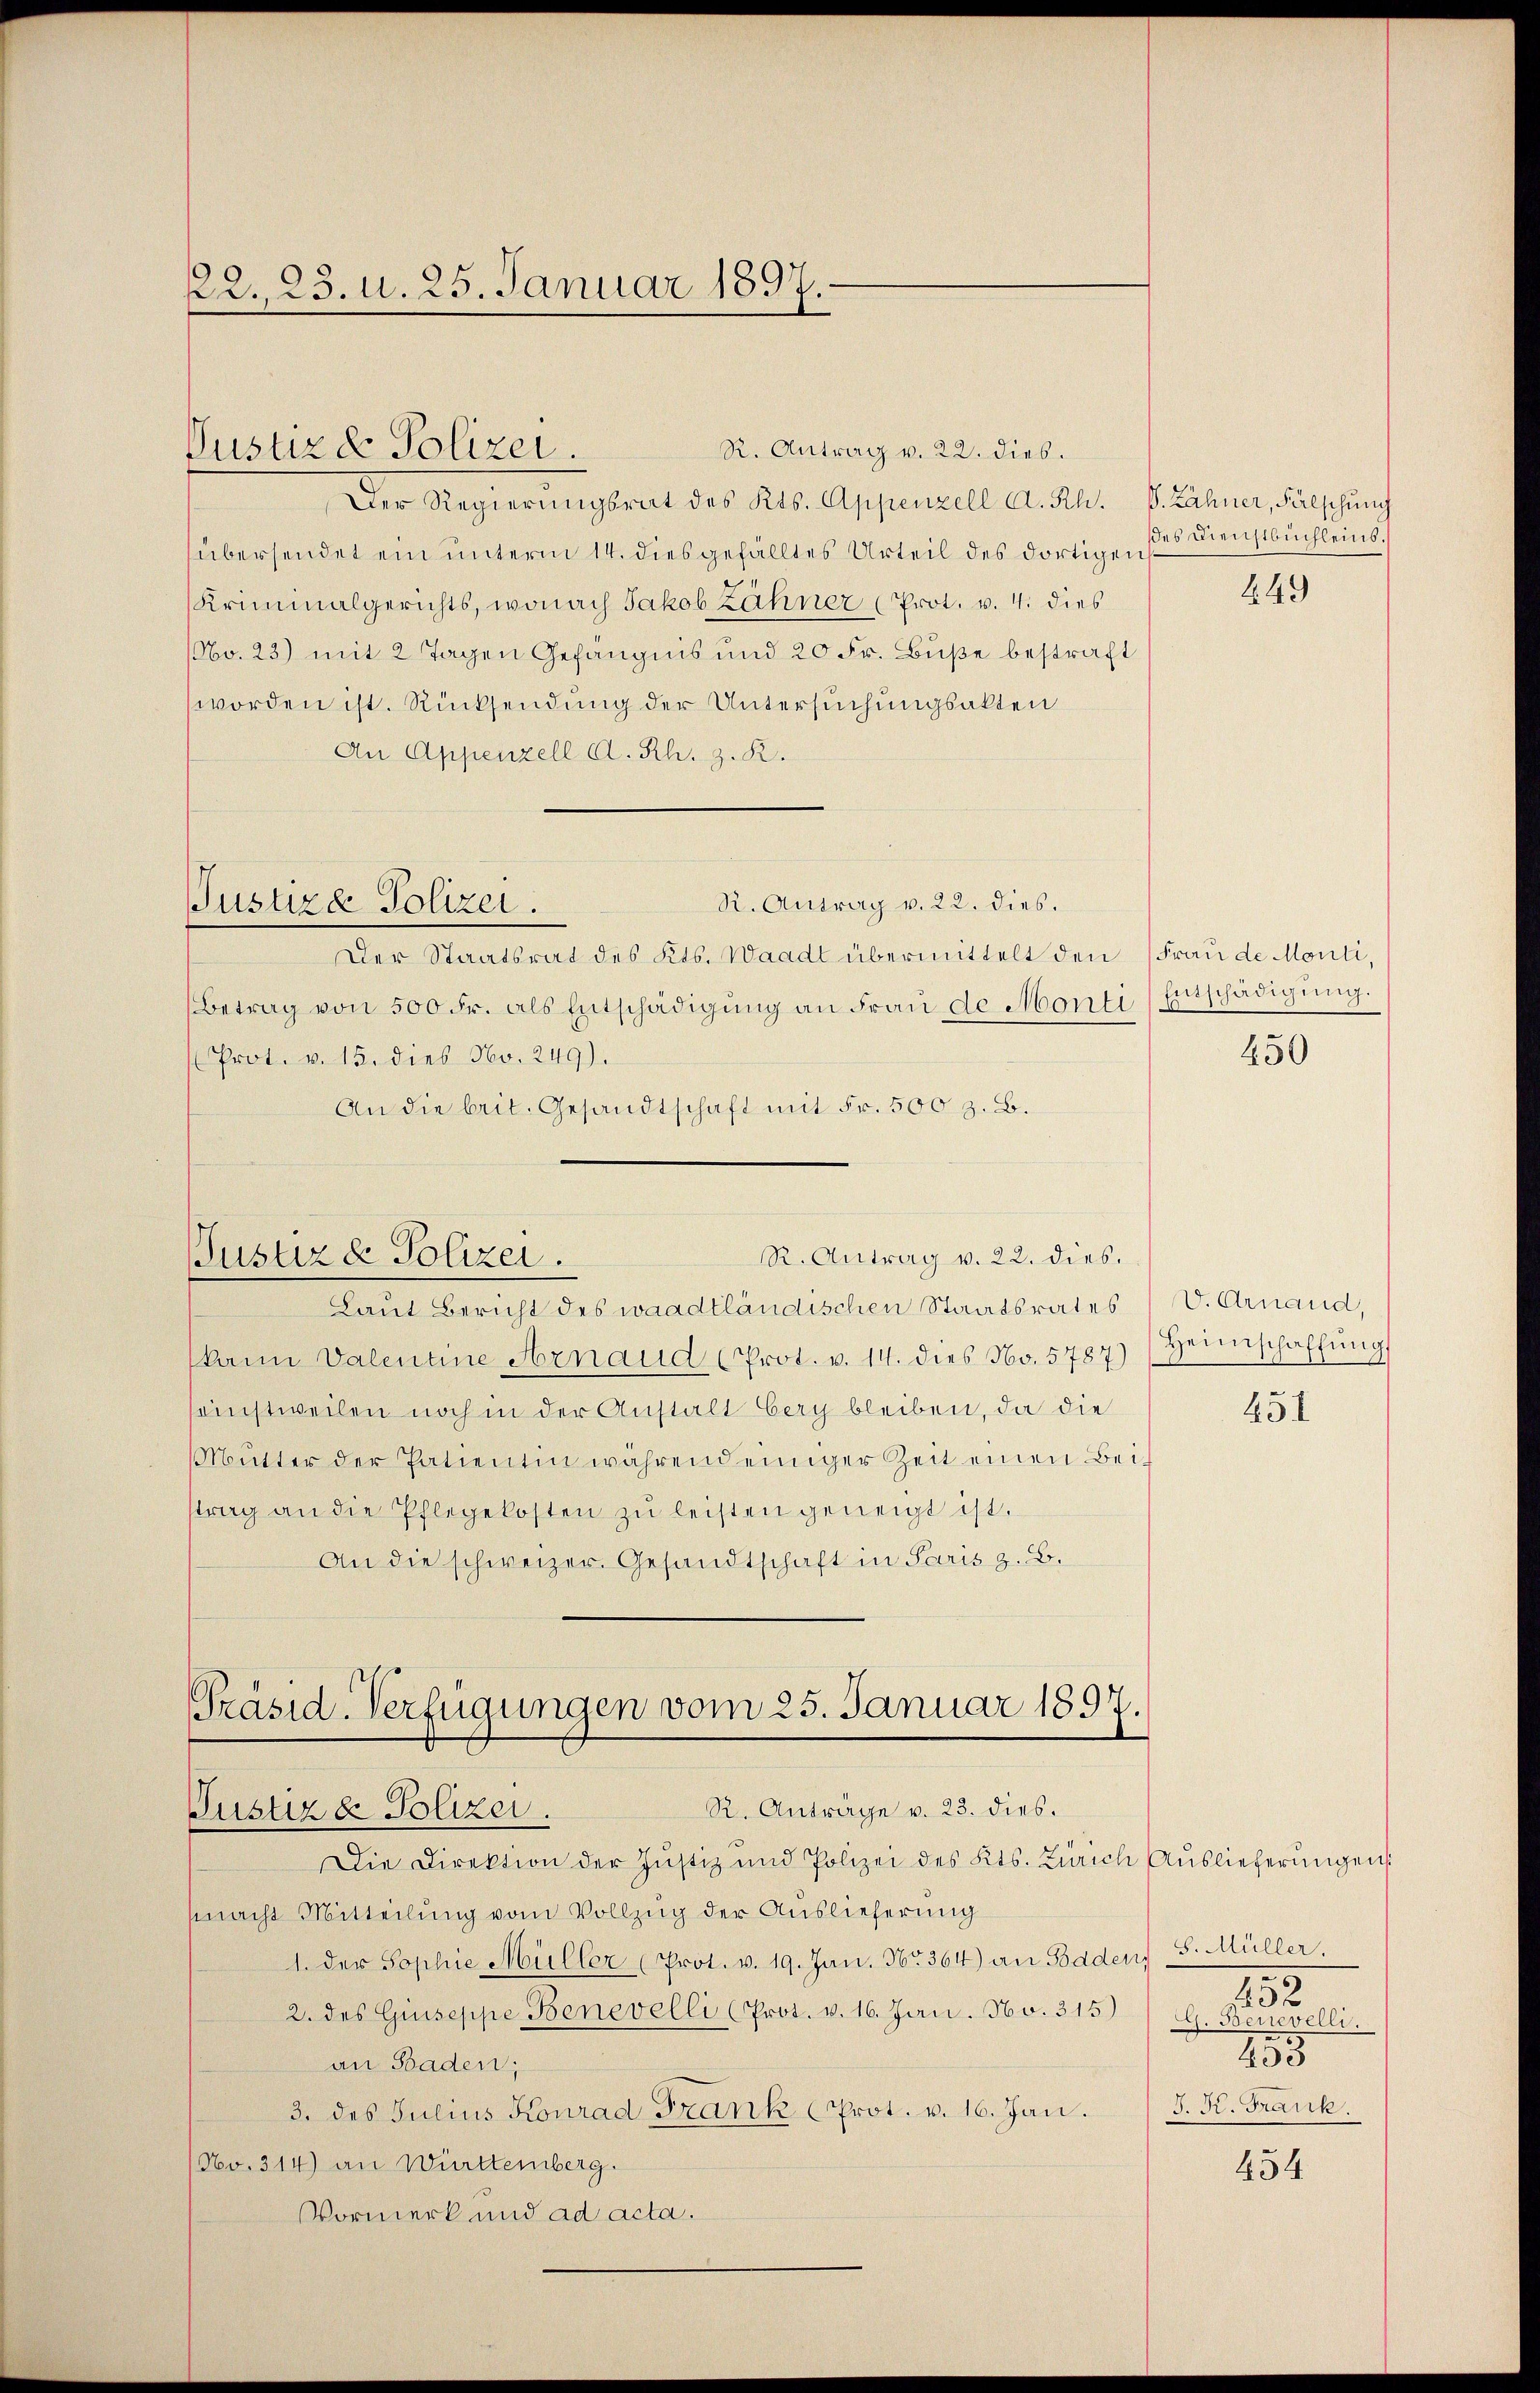
22. 23. u. 25. Januar 1897.

Justiz & Polizei.

R. Antrag v. 22. dies.
Der Regierŭngsrat des Kts. Appenzell A. Rh. S. Zähner, Fälschung
übersendet ein unterm 14. dies gefälltes Urteil des dortigen
Kriminalgerichts, wonach Jakob Zähner (Prot. v. 4. dies
No. 23) mit 2 Tagen Gefängnis und 20 Fr. Buße bestraft
worden ist. Rücksendung der Untersuchungsakten
An Appenzell A. Rh. z. R.
R. Antrag v. 22. dies.
Justize Polizei.
Der Staatsrat des Kts. Waadt übermittelt den (Frau de Monti,
Betrag von 500 Fr. als Entschädigung an Frau de Monti Entschädigung.
Prot. v. 15. dies No. 249).
An die beit. Gesandtschaft mit Fr. 500 z. B.

R. Antrag v. 22. dies.
Justiz & Polizei.

Präsid-Verfügungen vom 25. Januar 1897.
R. Anträge v. 23. dies.
Justiz & Polizei.

Laut Bericht des waadtländischen Staatsrates (V. Arnaud,
(kann Valentine Arnaud (Prot. v. 14. dies No. 5787) Heimschaffŭngs
sonstweilen noch in der Anstalt bery bleiben, da die
Mŭtter der Patientin während einiger Zeit einen Beitrag an die Pflegekosten zŭ leisten geneigt ist.
An die schweizer. Gesandtschaft in Paris z. B.

des Dienstbuchleins.

Die Direktion der Justiz und Polizei des Kts. Zürich Auslieferŭngen
macht Mitteilung vom Vollzug der Auslieferung
1. der Sophie Müller (Prot. v. 19. Jan. No. 364) an Baden,
2. des Giuseppe Benevelli (Prot. v. 16. Jan. No. 315) G. Benevelli.
an Baden;
3. des Julius Konrad Frank (Prot. v. 16. Jan. J. K. Frank.
No. 314) an Württemberg.
VVormerk und ad acta.

449

450

451

S. Müller.
232.
453

454